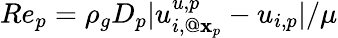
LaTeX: Re_{p}=\rho_{g}D_{p}|u_{i,@{\mathbf x}_{p}}^{u,p}-u_{i,p}|/\mu